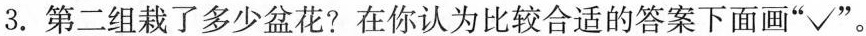
3. 第二组栽了多少盆花? 在你认为比较合适的答案下面画”√”。